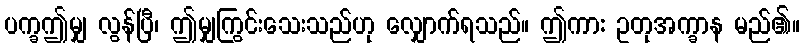
ပက္ခဤမျှ လွန်ပြီ၊ ဤမျှကြွင်းသေးသည်ဟု လျှောက်ရသည်။ ဤကာ: ဥတုအက္ခာန မည်၏။